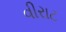
વીરાટ